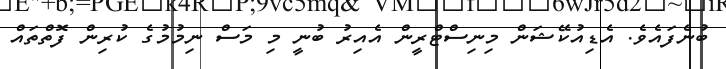
ބުނެފައެވެ. އެޑިއުކޭޝަން މިނިސްޓްރީން އެއިރު ބުނީ މި މަސް ނިމުމުގެ ކުރިން ފޮތްތައް